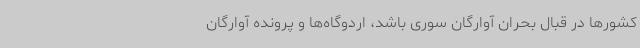
کشورها در قبال بحران آوارگان سوری باشد، اردوگاه‌ها و پرونده آوارگان